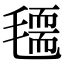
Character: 𣰃